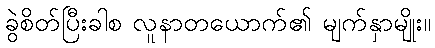
ခွဲစိတ်ပြီးခါစ လူနာတယောက်၏ မျက်နှာမျိုး။